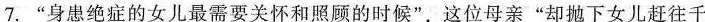
7.”身患绝症的女儿最需要关怀和照顾的时候”，这位母亲”却抛下女儿赶往千